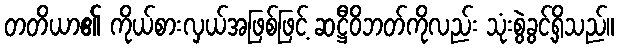
တတိယာ၏ ကိုယ်စားလှယ်အဖြစ်ဖြင့် ဆဋ္ဌီဝိဘတ်ကိုလည်း သုံးစွဲခွင့်ရှိသည်။